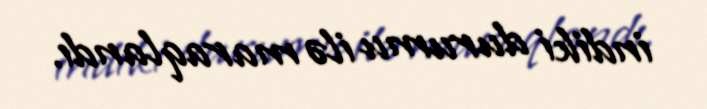
indiki durumu ilə maraqlandı.